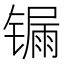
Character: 𨱐